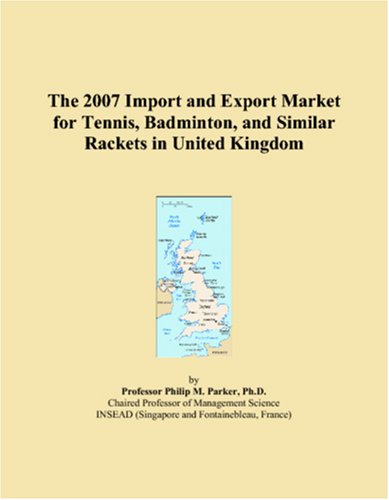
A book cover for The 2007 Import and Export Market for Tennis, Badminton, and Similar Rackets in United Kingdom; Philip M. Parker; Sports & Outdoors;